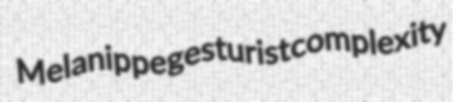
Melanippe gesturist complexity